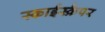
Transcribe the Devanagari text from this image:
स्काईस्क्रैपर